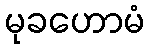
မုခဟောမံ